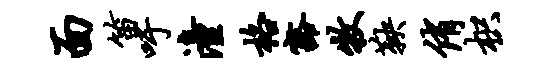
面笛吁潼格豁牧鞅侑枳